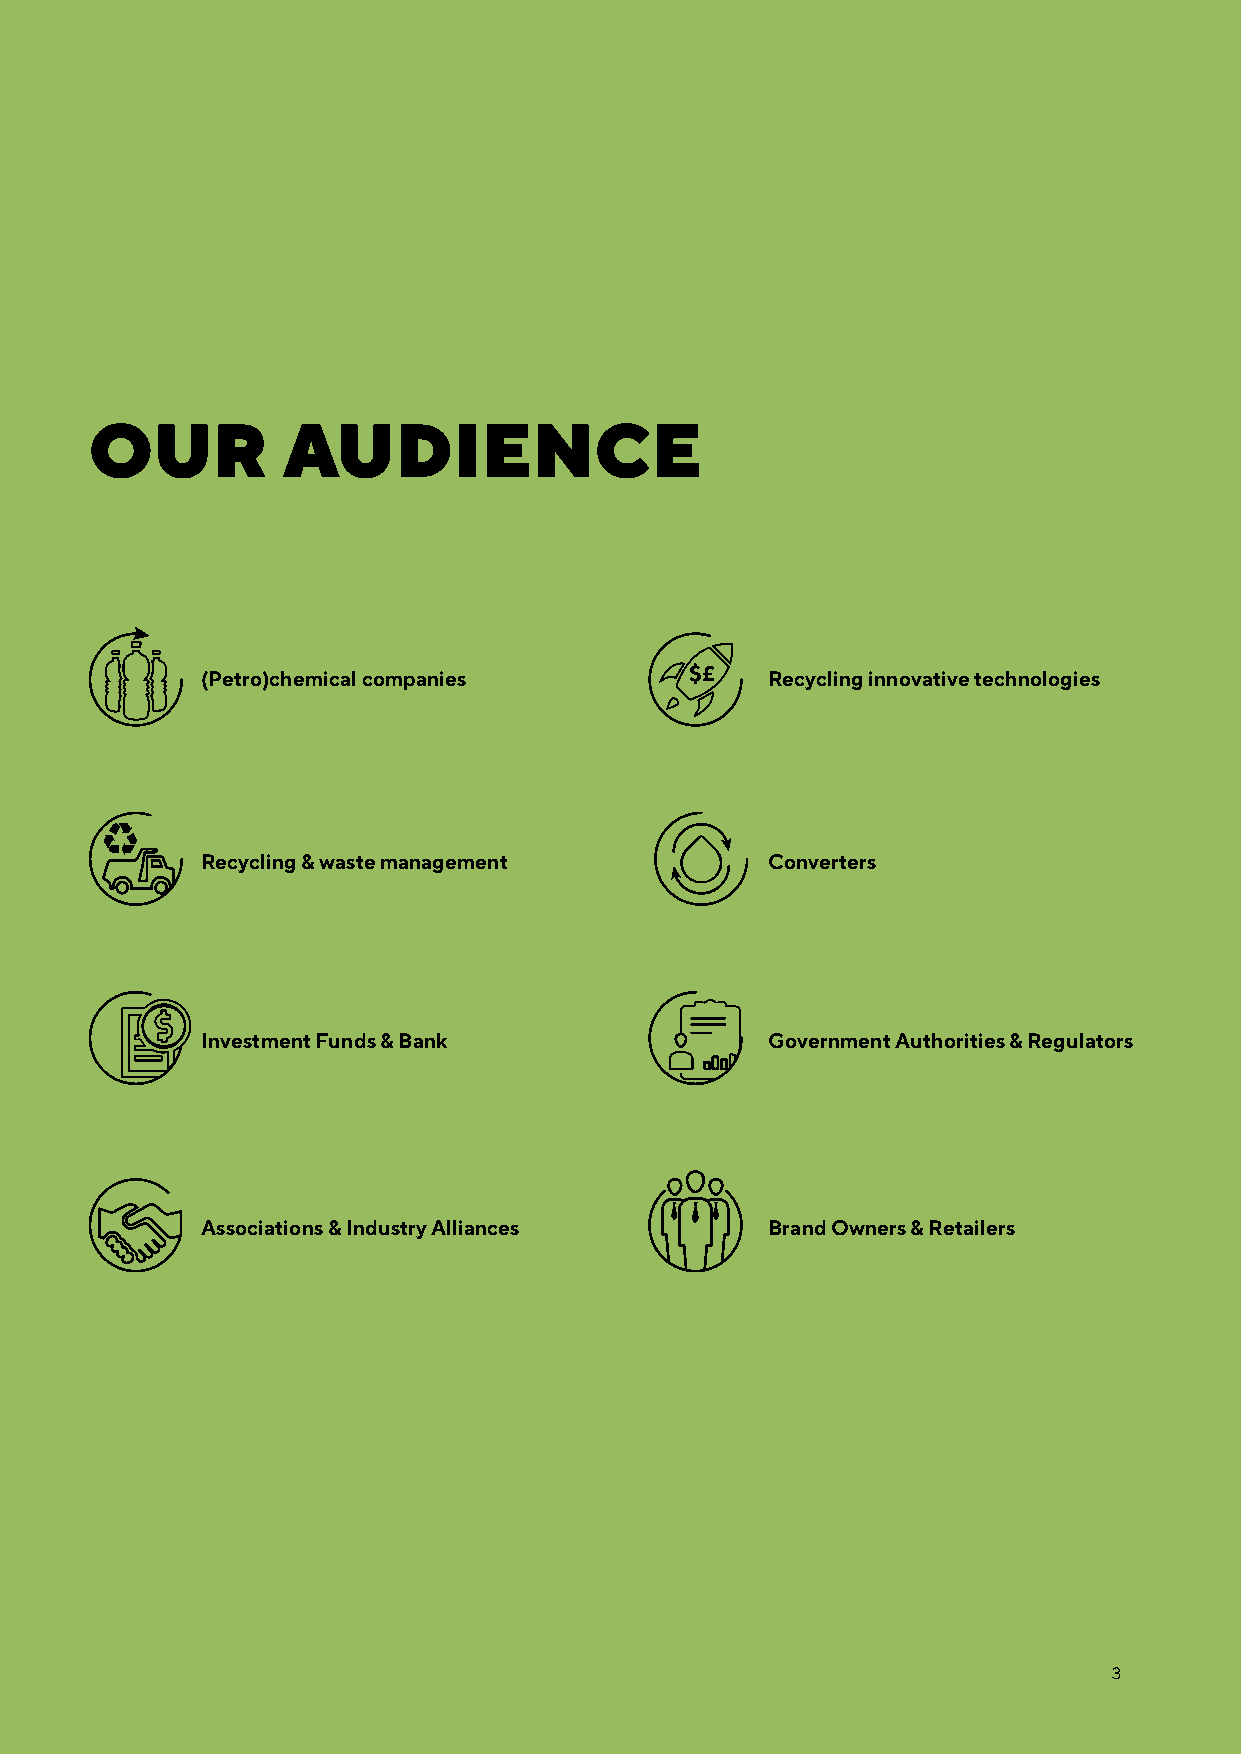
OUR          AUDIENCE
 (Petro)chemical companies             Recycling innovative technologies
 Recycling & waste management          Converters
 Investment Funds & Bank               Government Authorities & Regulators
 Associations & Industry Alliances     Brand Owners & Retailers
 3